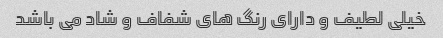
خیلی لطیف و دارای رنگ های شفاف و شاد می باشد